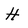
Character: h